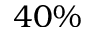
4 0 \%